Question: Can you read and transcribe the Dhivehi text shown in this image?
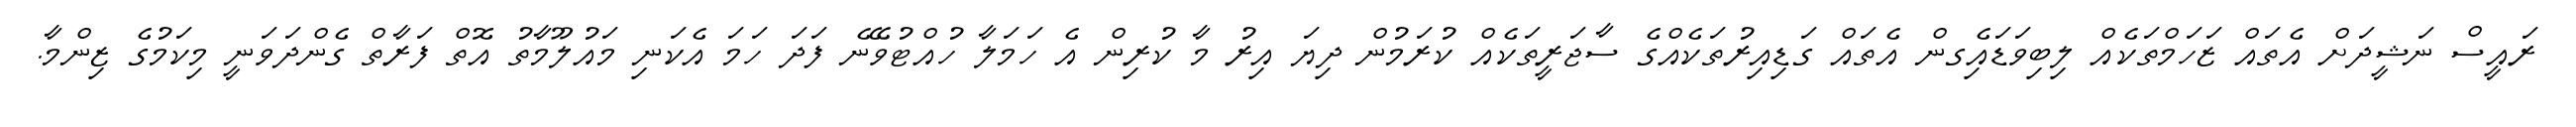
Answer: ރައީސް ނަޝީދަށް އެތައް ޒަހަމްތަކެއް ލިބިވަޑައިެގން އެތައް ގަޑިއިރުތަކެއްގެ ސާޖަރީތަކެއް ކުރަމުން ދިޔަ އިރު މާ ކުރިން އެ ހަމަލާ ހުއްޓުވޭނެ ފަދަ ހަމަ އެކަނި މައުލޫމާތު އޮތް ފަރާތް ގެންދަވަނީ މިކަމުގެ ޒިންމާ.